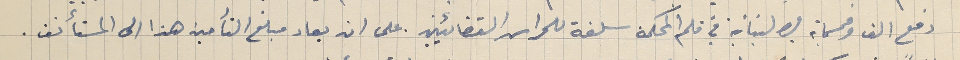
دفع الف وخمسماية ليره لبنانية في قلم المحكمة سلفة للحراس القضائيين. على ان يعاد مبلغ التأمين هذا الى المستأنف.